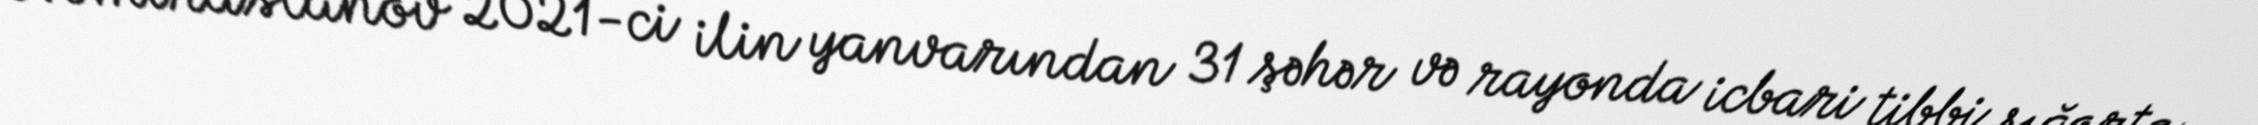
Ə.Əmiraslanov 2021-ci ilin yanvarından 31 şəhər və rayonda icbari tibbi sığorta